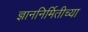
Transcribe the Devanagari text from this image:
ज्ञाननिर्मितीच्या